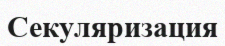
Секуляризация